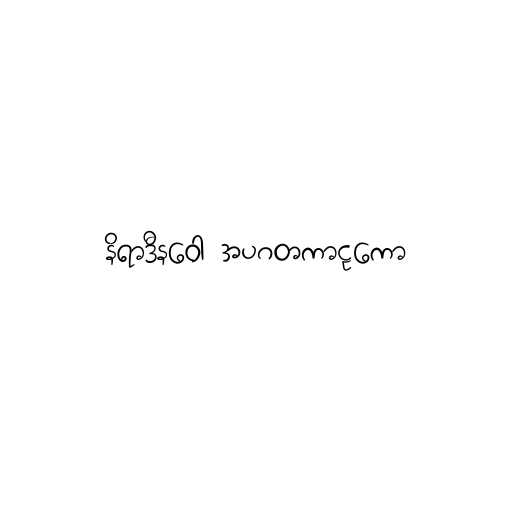
နိရာဒီနဝေါ အပဂတကာဠကော